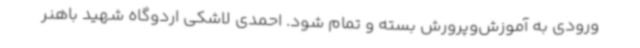
ورودی به آموزش‌وپرورش بسته و تمام شود. احمدی لاشکی اردوگاه شهید باهنر